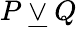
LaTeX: P\ {\underline{{\lor}}}\ Q